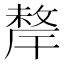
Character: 𢿂